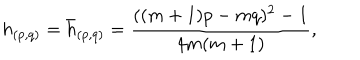
LaTeX: h _ { ( p , q ) } = \bar { h } _ { ( p , q ) } = \frac { ( ( m + 1 ) p - m q ) ^ { 2 } - 1 } { 4 m ( m + 1 ) } ,